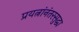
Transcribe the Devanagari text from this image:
प्रयत्नांनंतरसुद्धा